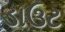
ડાઉટ